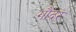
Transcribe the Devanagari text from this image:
गौंदर